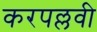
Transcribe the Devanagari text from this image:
करपल्लवी